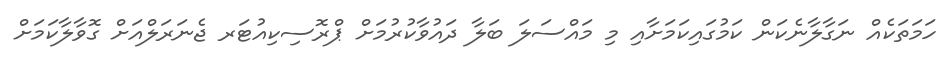
ހަމަތަކެއް ނަގާލާނެކަން ކަމުގައިކަމަށާއި މި މައްސަލަ ބަލާ ދައުވާކުރުމަށް ޕްރޮސިކިއުޓަރ ޖެނަރަލްއަށް ގޮވާލާކަމަށް